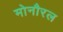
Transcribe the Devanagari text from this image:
मोनौरल